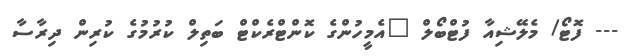
--- ފޮޓޯ/ މެލޭޝިއާ ފުޓްބޯލް "އެމީހުންގެ ކޮންޓްރެކްޓް ބަތިލް ކުރުމުގެ ކުރިން ދިރާސާ